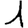
Digit: 1